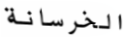
الخرسانة